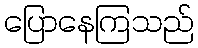
ပြောနေကြသည်